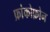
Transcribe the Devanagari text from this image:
फ्रांकोफ़ोन